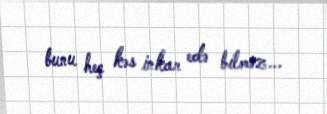
bunu heç kəs inkar edə bilməz...